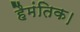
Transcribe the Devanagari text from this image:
हैमंतिक।